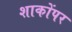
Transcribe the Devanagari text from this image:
शाकोंपर